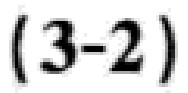
$(3 - 2)$